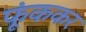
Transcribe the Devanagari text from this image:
फूंककर